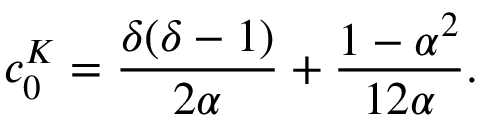
\displaystyle c _ { 0 } ^ { K } = \frac { \delta ( \delta - 1 ) } { 2 \alpha } + \frac { 1 - \alpha ^ { 2 } } { 1 2 \alpha } .